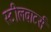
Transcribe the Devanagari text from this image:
स्टीलवाटर्स